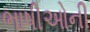
ભાષીઓની